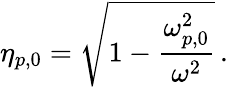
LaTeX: \eta_{p,0}=\sqrt{1-\frac{\omega_{p,0}^{2}}{\omega^{2}}}\, .